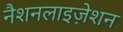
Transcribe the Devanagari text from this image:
नैशनलाइज़ेशन